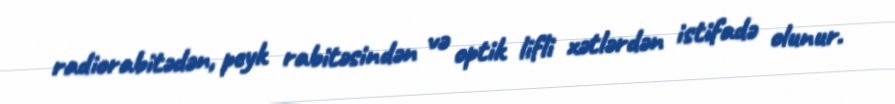
radiorabitədən, peyk rabitəsindən və optik lifli xətlərdən istifadə olunur.